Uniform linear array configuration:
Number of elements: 8
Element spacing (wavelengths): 0.25
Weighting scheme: uniform
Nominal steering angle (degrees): -60
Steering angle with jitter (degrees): -61.805
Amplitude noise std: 0.05
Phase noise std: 0.05

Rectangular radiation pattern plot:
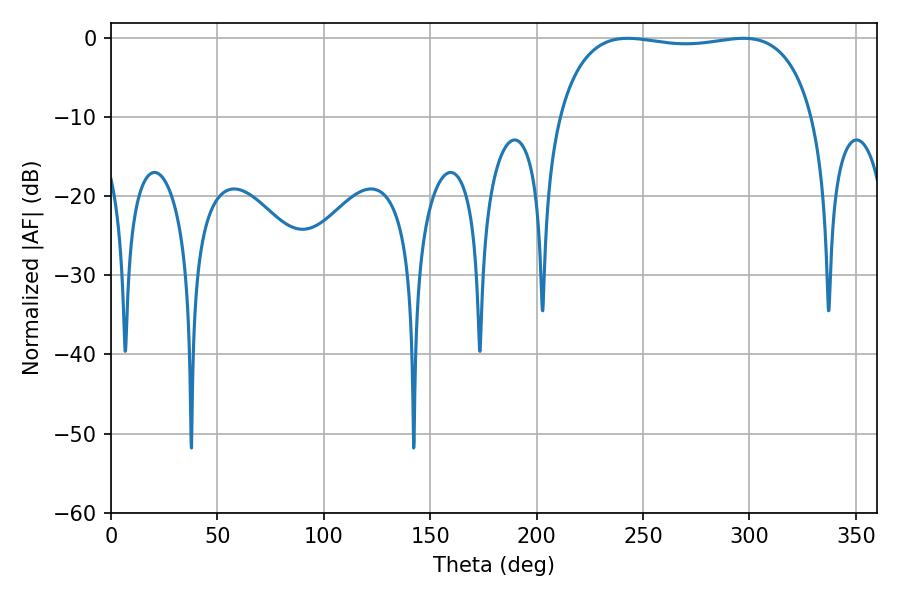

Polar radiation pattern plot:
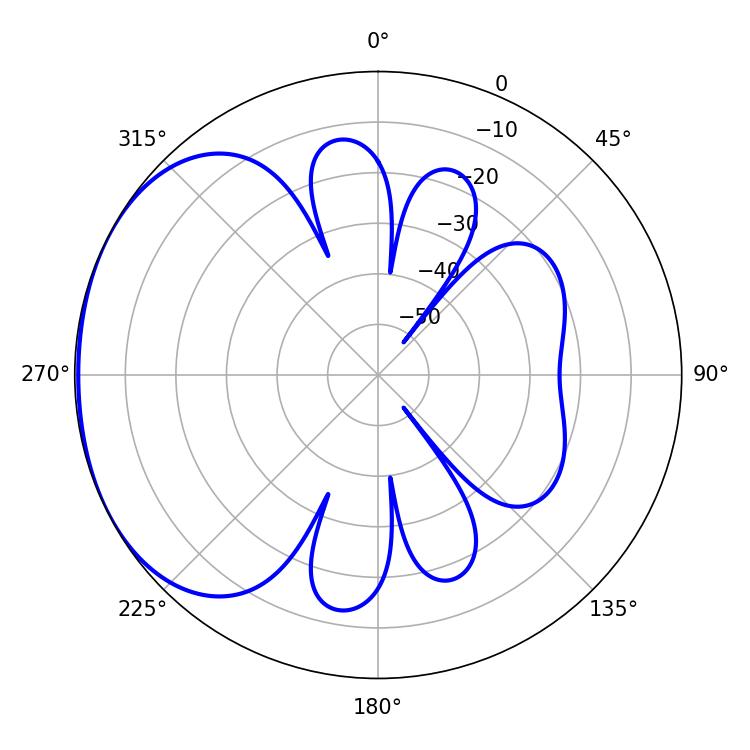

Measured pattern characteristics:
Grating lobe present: FALSE
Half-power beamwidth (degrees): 96.48
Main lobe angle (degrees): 242.82